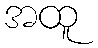
အထူ